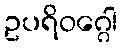
ဥပရိဝဂ္ဂေါ